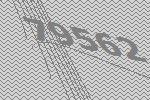
79562